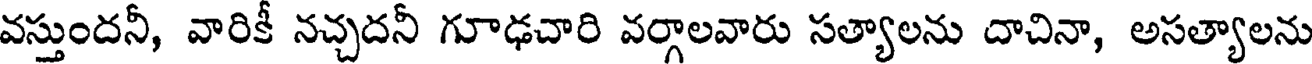
వస్తుందనీ, వారికీ నచ్చదనీ గూఢచారి వర్గాలవారు సత్యాలను దాచినా, అసత్యాలను